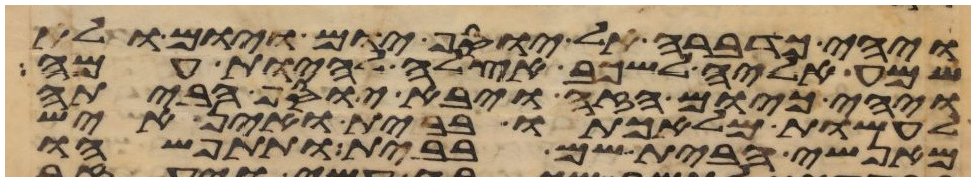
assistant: ויהי כדברה אל יוסף יום ויום ולא
שמע אליה לשכב אצלה להיות עמה
ויהי כיום הזה ויבא יוסף הביתה
לעשות מלאכתו בבית ואין איש
מאנשי הבית שם בבית ותתפשהו